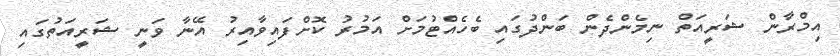
އިމްރާން ޝަރީއަތް ނިމެންދެން ބަންދުގައި ބެހެއްޓުމަށް އަމުރު ކޮށްފައިވާއިރު އޭނާ ވަނީ ޝަރީއަތުގައި